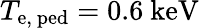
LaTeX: T_{\mathrm{e,~ped}}=0.6~\mathrm{keV}